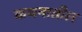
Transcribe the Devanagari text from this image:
कथनातील